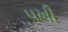
પખી